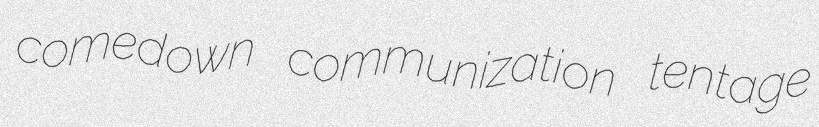
comedown communization tentage